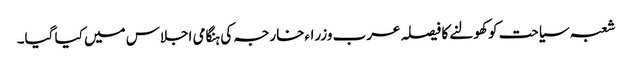
شعبہ سیاحت کو کھولنے کا فیصلہ عرب وزراءخارجہ کی ہنگامی اجلاس میں کیا گیا۔